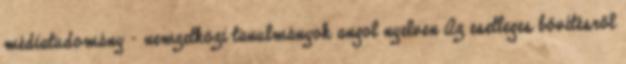
médiatudomány - nemzetközi tanulmányok angol nyelven Az esetleges bővítésről